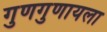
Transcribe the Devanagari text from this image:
गुणगुणायला